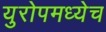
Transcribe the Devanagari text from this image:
युरोपमध्येच